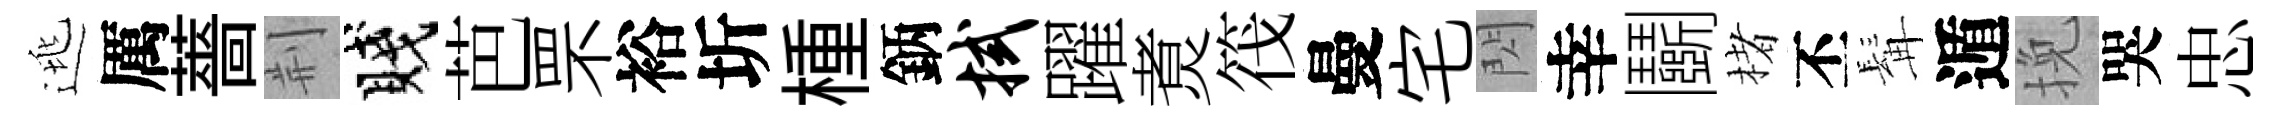
逃厲薔荆賤芭罘裕圻㮔鈵拭躍煑筏曼宅閃幸鬬楮丕髯遁挽哭忠